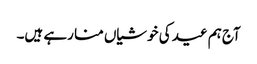
آج ہم عید کی خوشیاں منا رہے ہیں۔